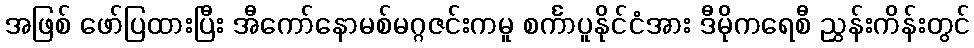
အဖြစ် ဖော်ပြထားပြီး အီကော်နောမစ်မဂ္ဂဇင်းကမူ စင်္ကာပူနိုင်ငံအား ဒီမိုကရေစီ ညွှန်းကိန်းတွင်